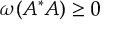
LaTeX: \omega ( A ^ { * } A ) \ge 0